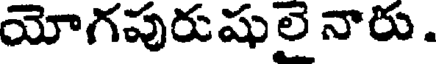
యోగపురుషుల నారు.